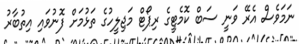
ނަމަވެސް އެރޭ ވަނީ ސަބް ކޮމެޓީގެ ރިޕޯޓް މަޖިލީހުގެ ތަޅުމަށް ފޮނުވައި އިތުބާރު